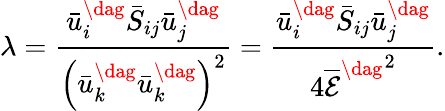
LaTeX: \lambda=\frac{{\bar{u}_{i}^{\dag}{{\bar{S}}_{ij}}\bar{u}_{j}^{\dag}}}{{{{\left({\bar{u}_{k}^{\dag}\bar{u}_{k}^{\dag}}\right)}^{2}}}}=\frac{{\bar{u}_{i}^{\dag}{{\bar{S}}_{ij}}\bar{u}_{j}^{\dag}}}{{4{{\overline{{\mathcal E}}}^{\dag}}^{2}}}.